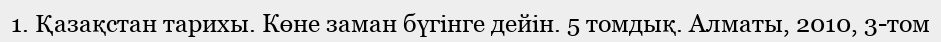
1. Қазақстан тарихы. Көне заман бүгінге дейін. 5 томдық. Алматы, 2010, 3-том